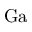
\mathrm { G a }